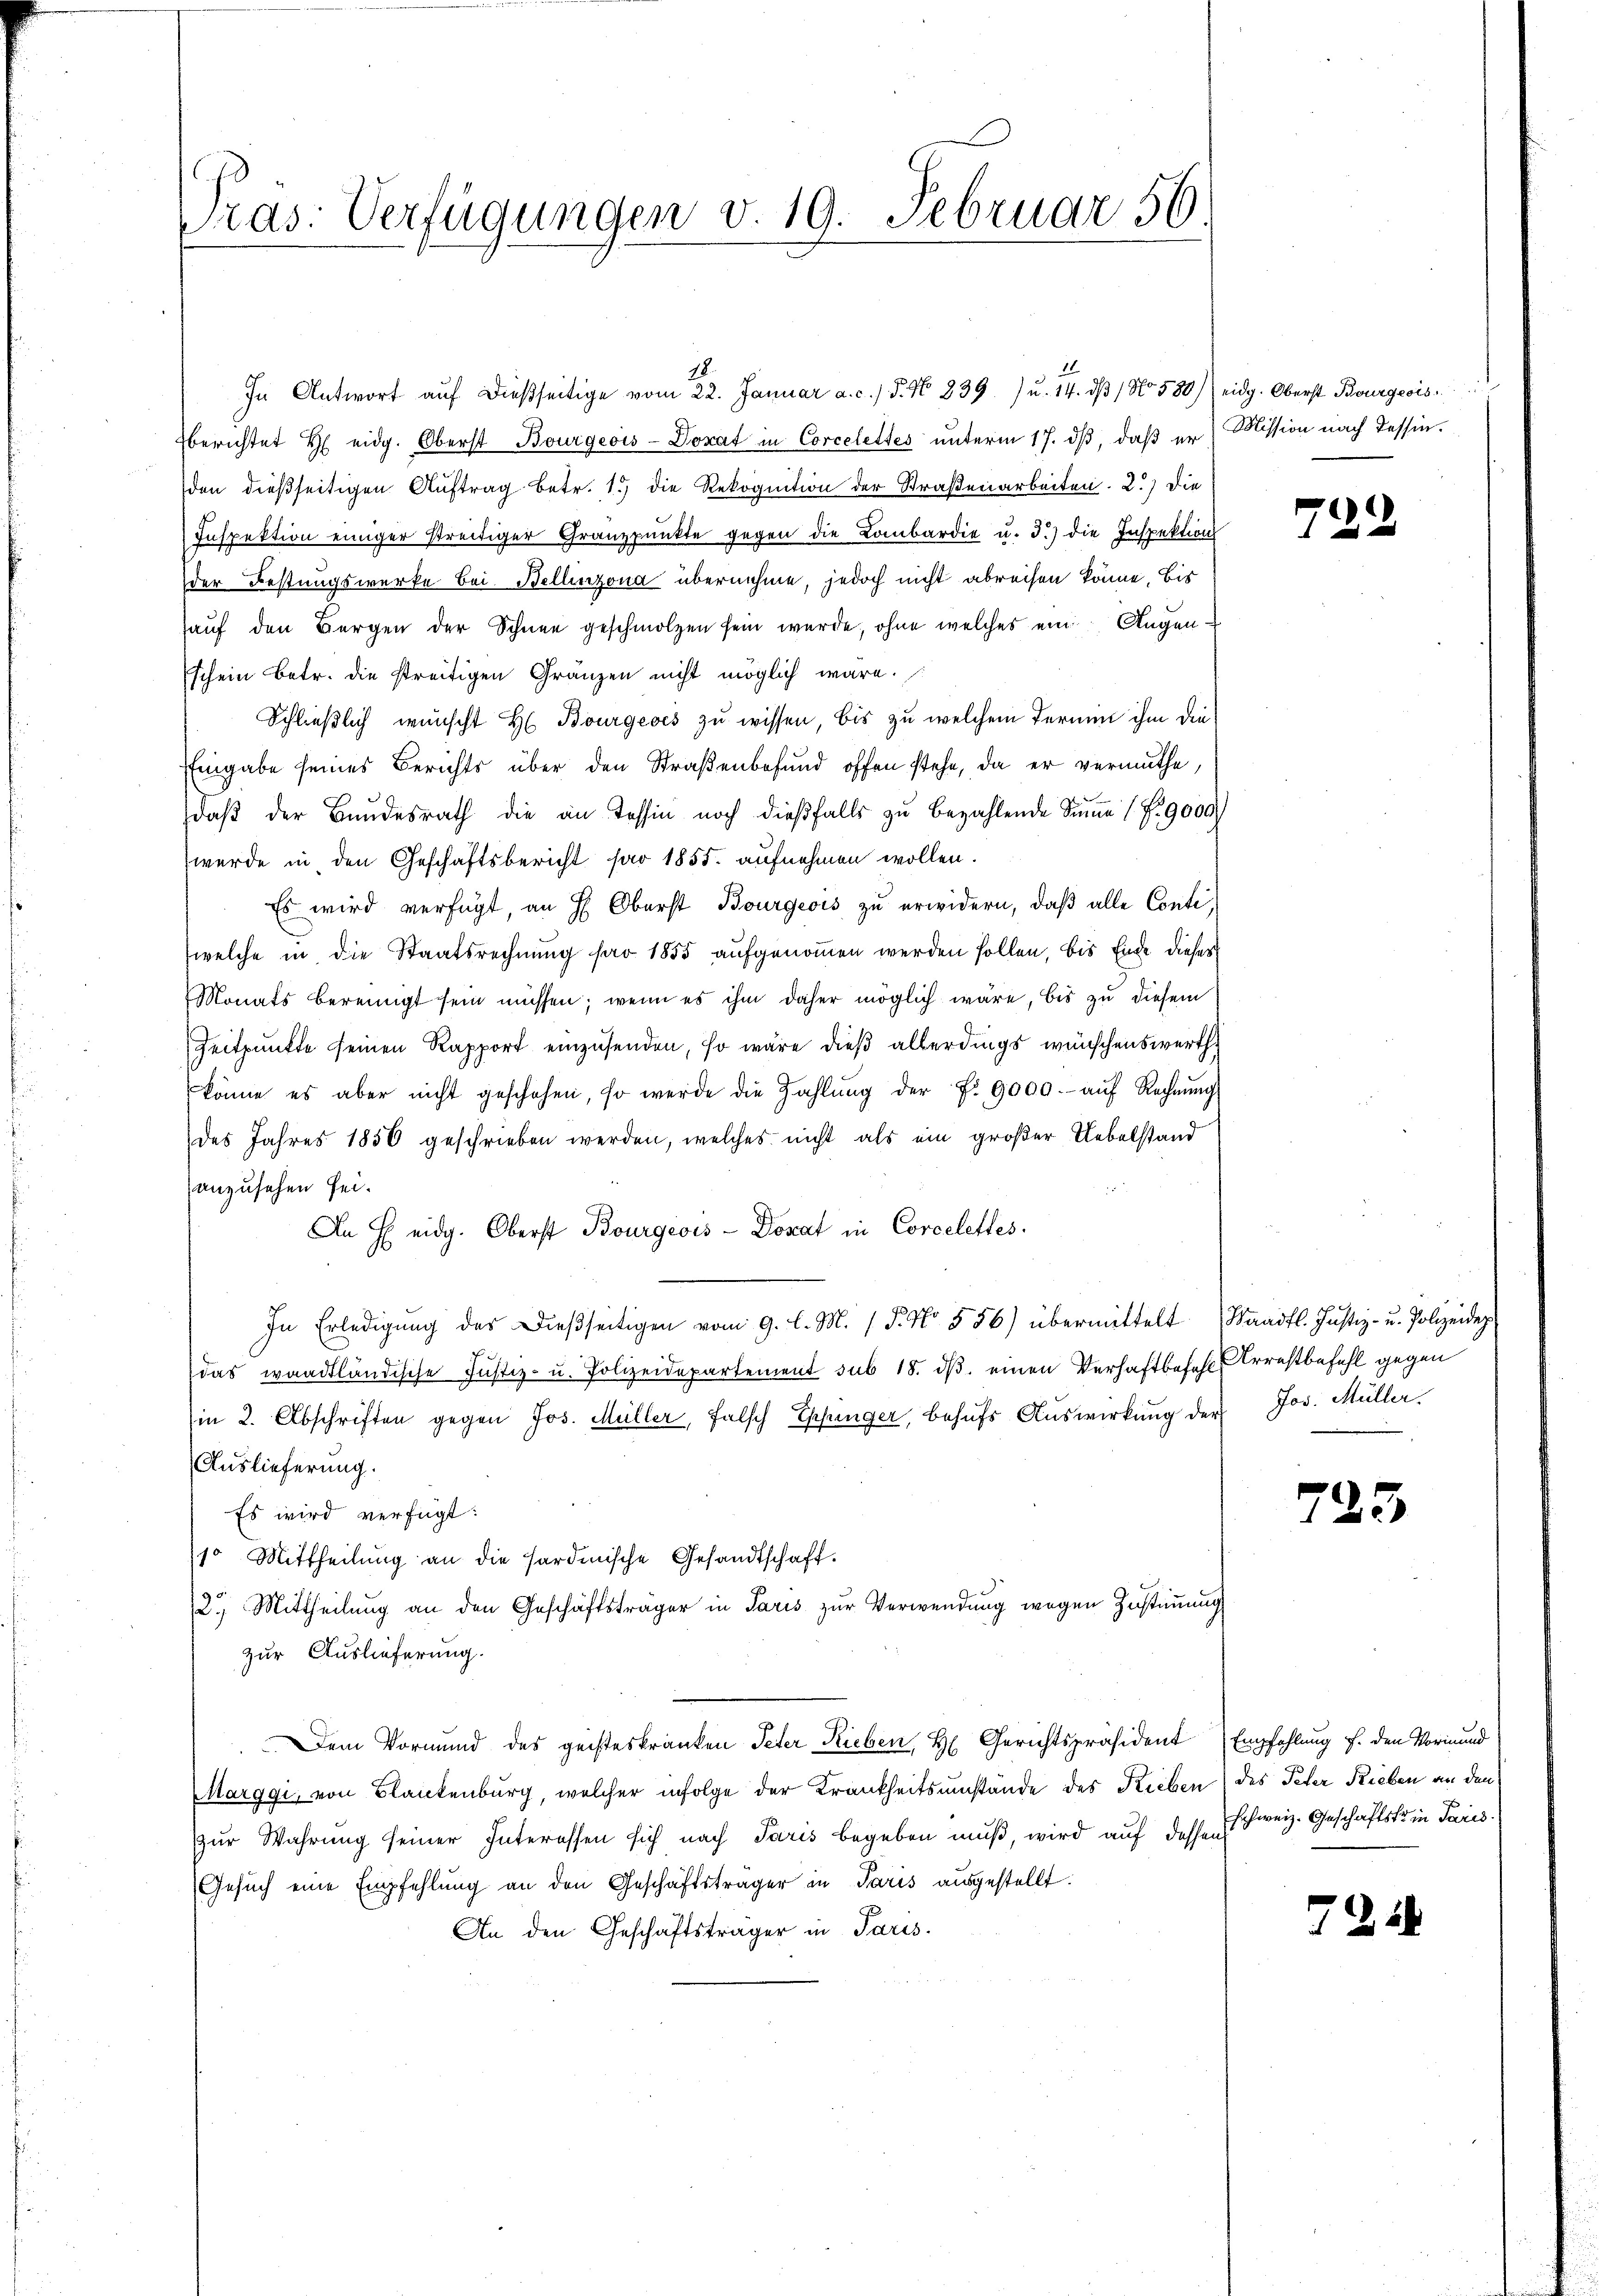
18.
In Antwort aŭf dießseitige vom 22. Januar a. c. / 5. No. 239) u. 14. dβ / No 580) eidg. Oberst Bourgeois
berichtet H eidg. Oberst Bourgeois-Dorat in Corcelettes unterm 17. ds, daß er
den dießseitigen Auftrag betr. 1.) die Rekognition der Straßenarbeiten. 2.) Die
Inspektion einiger streitiger Granzpunkte gegen die Lombardie u. 3.) die Inspektion
der Festungswerke Bei Bellinzona übernehme, jedoch nicht abreisen könne, bis
haŭf den Bergen der Schnee geschmolzen sein werde, ohne welches ein Augenschein Betr. die streitigen Gränzen nicht möglich wäre.
Schließlich wunscht H. Bourgeses zu wissen, bis zu welchem Termin ihm die
Eingabe seines Berichts über den Straßenbefund offen stehe, da er vermuthe,
daβ der Bundesrath die an Tessin noch dieβfalls zŭ bezahlende Sinne (Nr. 9000
wurde in den Geschäftsbericht par 1855. aufnehmen wollen.
Es wird verfügt, an H. Oberst Bourgeois zu erwidern, daß alle Conti,
welche in die Staatsrechnung far 1855 aufgenommen werden sollen, bis Ende dieser
Monats bereinigt sein müssen; wenn es ihm daher möglich wäre, bis zu diesem
Zeitpunkte seinen Rapport einzusenden, so wäre dieß allerdings wünschenswerth
könne es aber nicht geschehen, so werde die Zahlŭng der N. 9000.- aŭf Rechnŭng
des Jahres 1850 geschrieben werden, welches nicht als ein großer Uebelstand
anzusehen sei.
An E eidg. Oberst Bourgeois - Donat in Corcelettes
In Erledigŭng des dieβseitigen vom 9. l. M. P. Nr. 556) übermittelt Waadt. Justiz- u. Polizeidep
das waadtländische Justiz- u. Polizeidepartement sub 18. dβ einen Verhaftbefehl Arrestbefehl gegen
in 2. Abschriften gegen Jos. Müller, falsch Epfunger, behŭfs Aŭswirkŭng der Jos. Müller
Auslieferung.
Es wird verfügt:
10 Mittheilŭng an die Hardmische Gesandtschaft.
2.) Mittheilung an den Geschäftsträger in Paris zur Verwendung wegen Zustimmung
zur Auslieferung.
 Dem Vormund des geisteskranken Peter Rieben, H. Gerichtspräsident Empfehlung f. den Vormund
Marggi, von Blankenburg, welcher infolge der Krankheitsumstände des Rieben des Peter Rieben an den
zur Wahrung seiner Interessen sich nach Paris begeben muß, wird auf desse schweiz. Geschäftsko in Parez.
Gesŭch eine Empfehlung an den Geschäftsträger in Paris ausgestellt.
An den Geschäftsträger in Paris.

Pras: Verfügungen v. 19. Februar 56.

Mission nach Tessin.

729

725

2